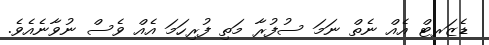
ޑެޒަރޓް އެއް ނެތް ނަމަ ސުފުރާ މަތި ފުރިހަމަ އެއް ވެސް ނުވާނެއެވެ.